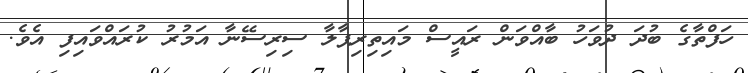
ހަފްތާގެ ބުދަ ދުވަހު ބާއްވަން ރައީސް މައިތިރިޕާލާ ސިރިސޭނާ އަމުރު ކުރައްވައިފި އެވެ.